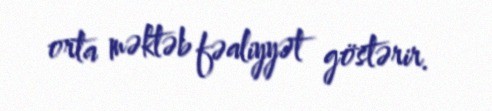
orta məktəb fəaliyyət göstərir.